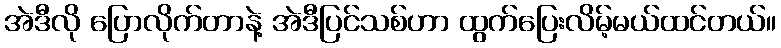
အဲဒီလို ပြောလိုက်တာနဲ့ အဲဒီပြင်သစ်ဟာ ထွက်ပြေးလိမ့်မယ်ထင်တယ်။